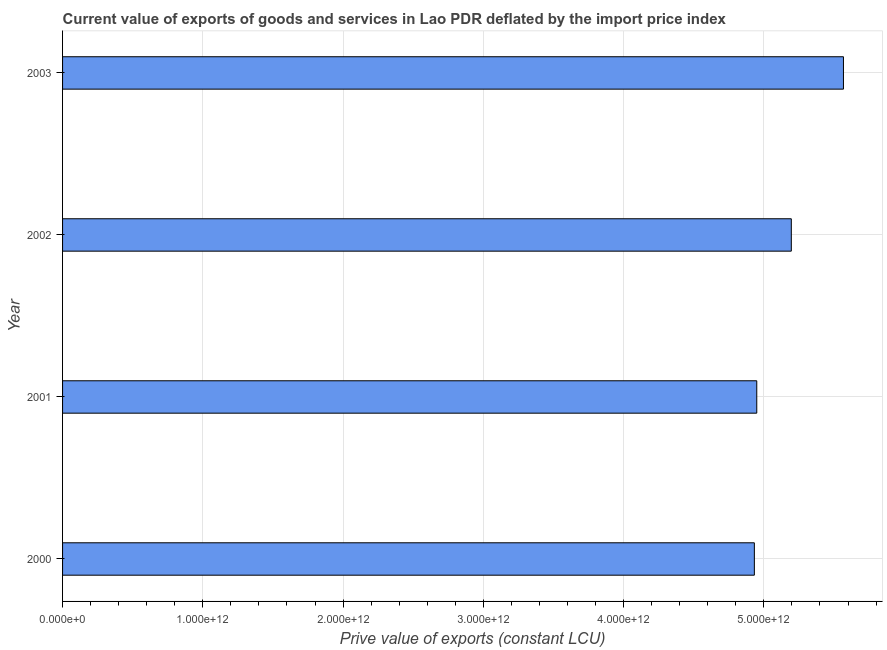
| Year | Exports as a capacity to import (constant LCU) |
 | --- | --- |
 | 2000 | 4.93e+12 |
 | 2001 | 4.95e+12 |
 | 2002 | 5.2e+12 |
 | 2003 | 5.57e+12 |